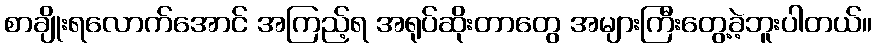
စာချိုးရလောက်အောင် အကြည့်ရ အရုပ်ဆိုးတာတွေ အများကြီးတွေ့ခဲ့ဘူးပါတယ်။